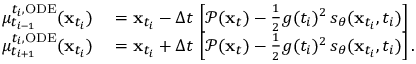
\begin{array} { r l } { \mu _ { t _ { i - 1 } } ^ { t _ { i } , \mathrm { O D E } } ( \mathbf { x } _ { t _ { i } } ) } & { { } = \mathbf { x } _ { t _ { i } } - \Delta t \, \left[ \mathcal { P } ( \mathbf { x } _ { t } ) - \frac { 1 } { 2 } g ( t _ { i } ) ^ { 2 } \, s _ { \theta } ( \mathbf { x } _ { t _ { i } } , t _ { i } ) \right] } \\ { \mu _ { t _ { i + 1 } } ^ { t _ { i } , \mathrm { O D E } } ( \mathbf { x } _ { t _ { i } } ) } & { { } = \mathbf { x } _ { t _ { i } } + \Delta t \, \left[ \mathcal { P } ( \mathbf { x } _ { t } ) - \frac { 1 } { 2 } g ( t _ { i } ) ^ { 2 } \, s _ { \theta } ( \mathbf { x } _ { t _ { i } } , t _ { i } ) \right] . } \end{array}